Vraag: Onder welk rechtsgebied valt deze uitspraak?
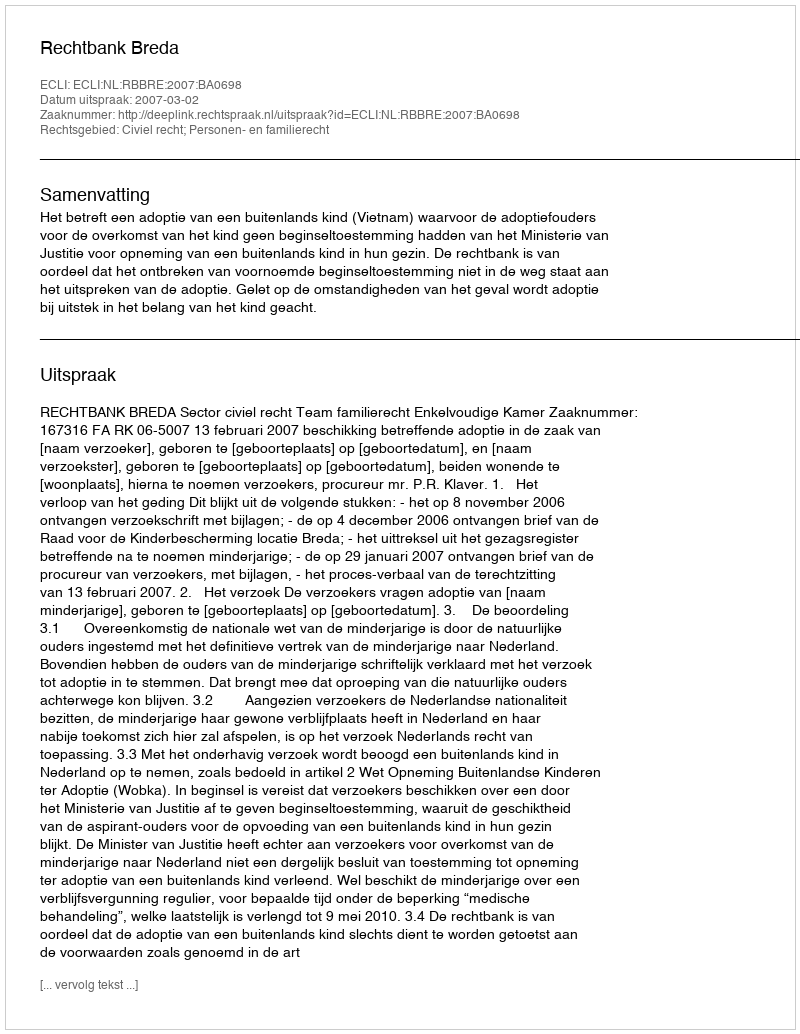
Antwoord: Civiel recht; Personen- en familierecht